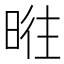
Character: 暀